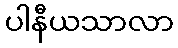
ပါနီယသာလာ